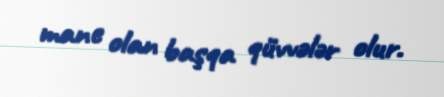
mane olan başqa qüvvələr olur.